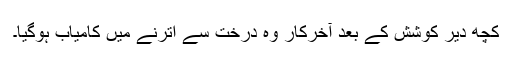
کچھ دیر کوشش کے بعد آخرکار وہ درخت سے اترنے میں کامیاب ہوگیا۔